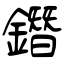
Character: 鐕